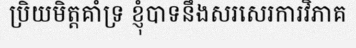
ប្រិយមិត្តគាំទ្រ ខ្ញុំបាទនឹងសរសេរការវិភាគ